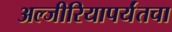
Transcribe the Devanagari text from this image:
अल्जीरियापर्यंतचा